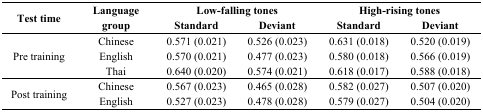
<table><thead><tr><td rowspan="2"><b>Test time</b></td><td rowspan="2"><b>Language group</b></td><td colspan="2"><b>Low-falling tones</b></td><td colspan="2"><b>High-rising tones</b></td></tr><tr><td><b>Standard</b></td><td><b>Deviant</b></td><td><b>Standard</b></td><td><b>Deviant</b></td></tr></thead><tbody><tr><td rowspan="3">Pre training</td><td>Chinese</td><td>0.571 (0.021)</td><td>0.526 (0.023)</td><td>0.631 (0.018)</td><td>0.520 (0.019)</td></tr><tr><td>English</td><td>0.570 (0.021)</td><td>0.477 (0.023)</td><td>0.580 (0.018)</td><td>0.566 (0.019)</td></tr><tr><td>Thai</td><td>0.640 (0.020)</td><td>0.574 (0.021)</td><td>0.618 (0.017)</td><td>0.588 (0.018)</td></tr><tr><td rowspan="2">Post training</td><td>Chinese</td><td>0.567 (0.023)</td><td>0.465 (0.028)</td><td>0.582 (0.027)</td><td>0.507 (0.020)</td></tr><tr><td>English</td><td>0.527 (0.023)</td><td>0.478 (0.028)</td><td>0.579 (0.027)</td><td>0.504 (0.020)</td></tr></tbody></table>